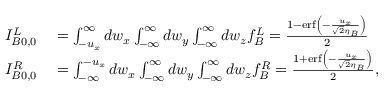
\begin{array} { r l } { I _ { B 0 , 0 } ^ { L } } & { { } = \int _ { - u _ { x } } ^ { \infty } d w _ { x } \int _ { - \infty } ^ { \infty } d w _ { y } \int _ { - \infty } ^ { \infty } d w _ { z } f _ { B } ^ { L } = \frac { 1 - \operatorname { e r f } \left( - \frac { u _ { x } } { \sqrt { 2 } \eta _ { B } } \right) } { 2 } } \\ { I _ { B 0 , 0 } ^ { R } } & { { } = \int _ { - \infty } ^ { - u _ { x } } d w _ { x } \int _ { - \infty } ^ { \infty } d w _ { y } \int _ { - \infty } ^ { \infty } d w _ { z } f _ { B } ^ { R } = \frac { 1 + \operatorname { e r f } \left( - \frac { u _ { x } } { \sqrt { 2 } \eta _ { B } } \right) } { 2 } , } \end{array}